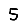
Digit: 5